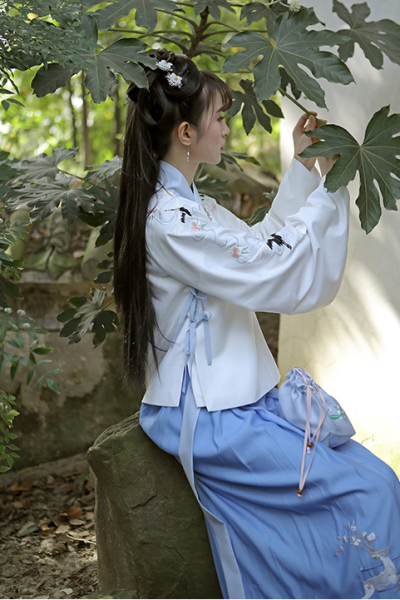
梧桐叶上，点点露珠零。